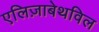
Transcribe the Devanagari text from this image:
एलिज़ाबेथविल